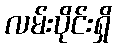
လမ်းပိုင်းရှိ